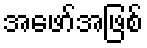
အဖော်အဖြစ်